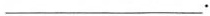
___